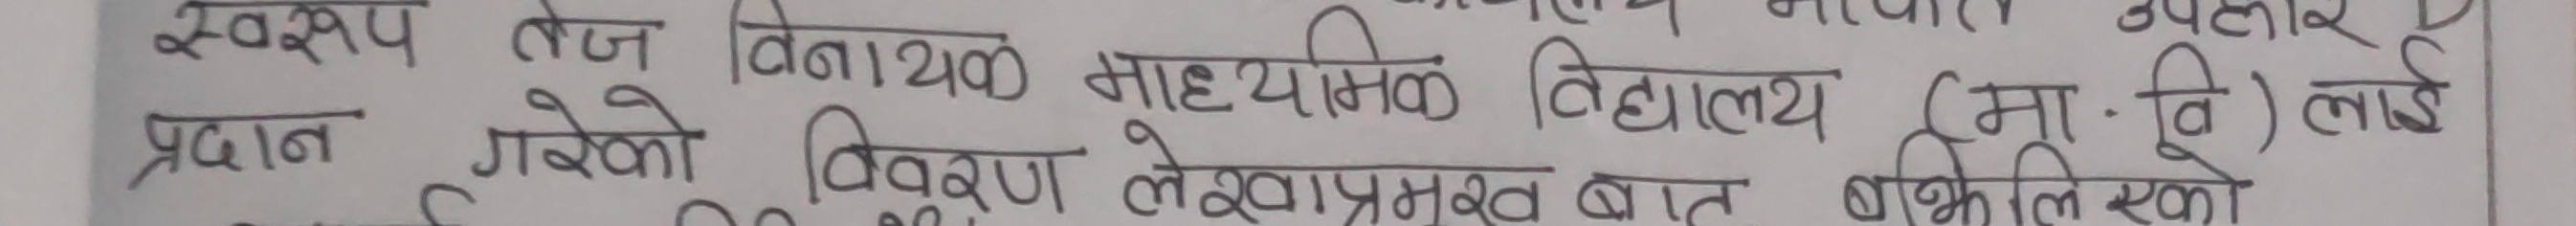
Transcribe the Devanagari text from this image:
स्वरूप तेज विनायक माध्यमिक विद्यालय (मा.वि) लाई
प्रदान गरेको विवरण लेखाप्रमुख बात
बकि लिएको